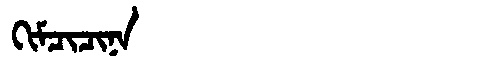
Manchu: ᡴᡳᠮᠴᡳᠴᡳᠨᠠ
Romanization: KIMCICINA